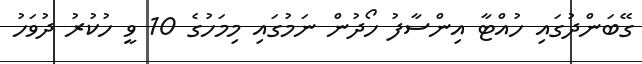
ގޭބަންދުގައި ހުއްޓާ އިންސާފު ހޯދުން ނަމުގައި މިމަހުގެ 10 ވީ ހުކުރު ދުވަހު